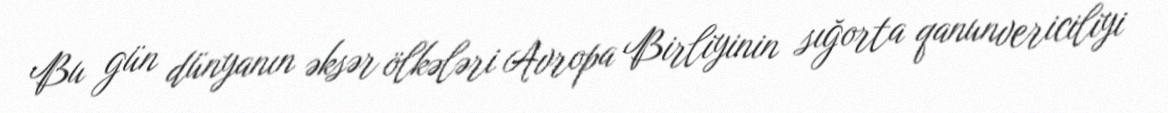
Bu gün dünyanın əksər ölkələri Avropa Birliyinin sığorta qanunvericiliyi